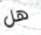
هل